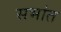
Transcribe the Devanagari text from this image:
सभांत